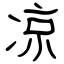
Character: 凉